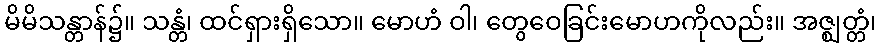
မိမိသန္တာန်၌။ သန္တံ၊ ထင်ရှားရှိသော။ မောဟံ ဝါ၊ တွေဝေခြင်းမောဟကိုလည်း။ အဇ္ဈတ္တံ၊